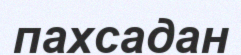
пахсадан